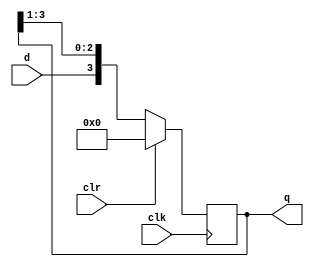
module shift(input clk,clr,d,output reg[3:0]q);
  reg[3:0] temp;
  always @(posedge clk) begin
    if(clr==1)
      q=4'b0000;
    else begin
      temp=q>>1;
      q={d,temp[2:0]};
    end
  end
endmodule